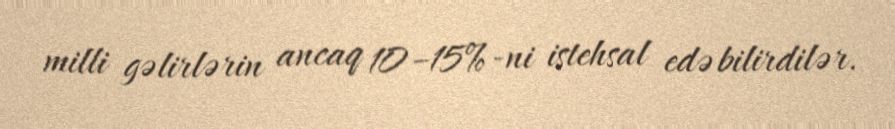
milli gəlirlərin ancaq 10–15%-ni istehsal edə bilirdilər.